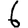
Digit: 6